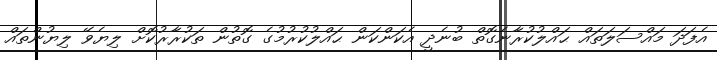
އެފަދަ މައްސަލަތައް ޙައްލުކުރާނެގޮތް ބުނެދީ އެކަންކަން ޙައްލުކުރުމުގެ ގޮތުން ތަކުރާރުކޮށް ލިޔެވޭ ލިޔުންތައް